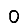
Digit: 0